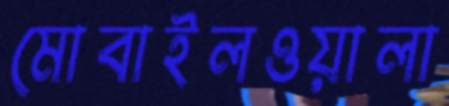
মোবাইলওয়ালা